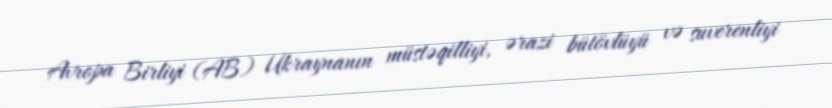
Avropa Birliyi (AB) Ukraynanın müstəqilliyi, ərazi bütövlüyü və suverenliyi